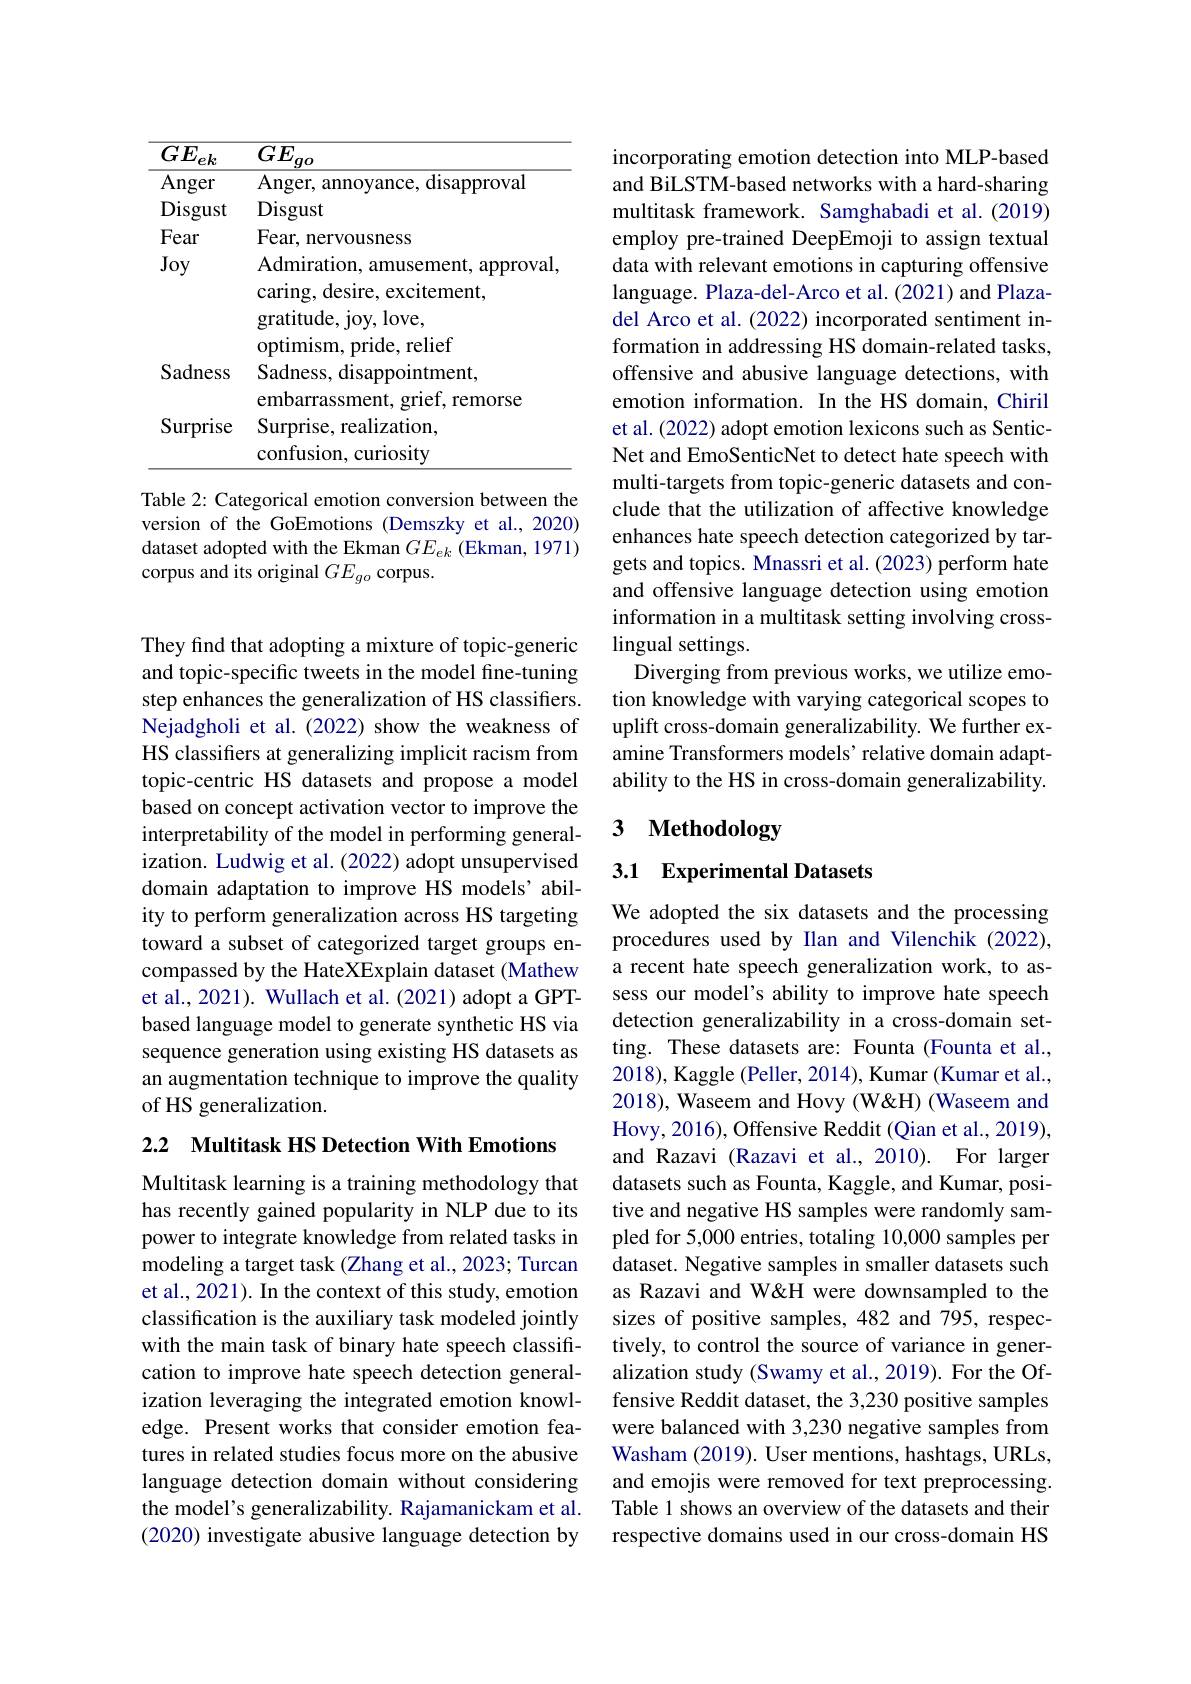
<table>
	<tbody>
		<tr>
			<th>$\overline{GE_{ek}}$</th>
			<th>$\overline{GE_{go}}$</th>
		</tr>
		<tr>
			<td>Anger</td>
			<td>Anger, annoyance, disapproval</td>
		</tr>
		<tr>
			<td>Disgust</td>
			<td>Disgust</td>
		</tr>
		<tr>
			<td>Fear</td>
			<td>Fear, nervousness</td>
		</tr>
		<tr>
			<td>Joy</td>
			<td>Admiration, amusement, approval caring, desire, excitement, gratitude, joy, love, $\dot{\mathrm{nrid}}_{\mathrm{e}}$ raliaf</td>
		</tr>
		<tr>
			<td>Sadness</td>
			<td>Sadness, disappointment, mharrass $m_{n}$</td>
		</tr>
		<tr>
			<td>Surprise</td>
			<td>Surprise, realization, confusion, curiosity</td>
		</tr>
	</tbody>
</table>

Table 2: Categorical emotion conversion between the version of the GoEmotions (Demszky et al., 2020) dataset adopted with the Ekman $GE_{ek}$ (Ekman, 1971) corpus and its original $GE_{go}$ corpus.

They find that adopting a mixture of topic-generic and topic-specific tweets in the model fine-tuning step enhances the generalization of HS classifiers. Nejadgholi et al.(2022) show the weakness of HS classifiers at generalizing implicit racism from topic-centric HS datasets and propose a model based on concept activation vector to improve the interpretability of the model in performing generalization. Ludwig et al. (2022) adopt unsupervised domain adaptation to improve HS models' ability to perform generalization across HS targeting toward a subset of categorized target groups encompassed by the HateXExplain dataset (Mathew et al., 2021). Wullach et al. (2021) adopt a GPTbased language model to generate synthetic HS via sequence generation using existing HS datasets as an augmentation technique to improve the quality of HS generalization.

2.2 $\textbf{Multitask HS Detection With Emotions}$

Multitask learning is a training methodology that has recently gained popularity in NLP due to its power to integrate knowledge from related tasks in modeling a target task (Zhang et al., 2023; Turcan et al., 2021). In the context of this study, emotion classification is the auxiliary task modeled jointly with the main task of binary hate speech classification to improve hate speech detection generalization leveraging the integrated emotion knowledge. Present works that consider emotion features in related studies focus more on the abusive language detection domain without considering the model's generalizability. Rajamanickam et al. (2020) investigate abusive language detection by

incorporating emotion detection into MLP-based and BiLSTM-based networks with a hard-sharing multitask framework. Samghabadi et al.(2019) employ pre-trained DeepEmoji to assign textual data with relevant emotions in capturing offensive language. Plaza-del-Arco et al.(2021) and Plazadel Arco et al.(2022) incorporated sentiment information in addressing HS domain-related tasks, offensive and abusive language detections, with emotion information. In the HS domain, Chiril et al. (2022) adopt emotion lexicons such as SenticNet and EmoSenticNet to detect hate speech with multi-targets from topic-generic datasets and conclude that the utilization of affective knowledge enhances hate speech detection categorized by targets and topics. Mnassri et al. (2023) perform hate and offensive language detection using emotion information in a multitask setting involving crosslingual settings.
Diverging from previous works, we utilize emotion knowledge with varying categorical scopes to uplift cross-domain generalizability. We further examine Transformers models’ relative domain adaptability to the HS in cross-domain generalizability.

## 3 Methodology

3.1 Experimental Datasets

We adopted the six datasets and the processing procedures used by Ilan and Vilenchik (2022), a recent hate speech generalization work, to assess our model's ability to improve hate speech detection generalizability in a cross-domain setting. These datasets are: Founta (Founta et al., 2018), Kaggle (Peller, 2014), Kumar (Kumar et al., 2018), Waseem and Hovy (W&H) (Waseem and Hovy, 2016), Offensive Reddit (Qian et al., 2019), and Razavi (Razavi et al.,2010). For larger datasets such as Founta, Kaggle, and Kumar, positive and negative HS samples were randomly sampled for 5,000 entries, totaling 10,000 samples per dataset. Negative samples in smaller datasets such as Razavi and W&H were downsampled to the sizes of positive samples, 482 and 795, respectively, to control the source of variance in generalization study (Swamy et al., 2019). For the Offensive Reddit dataset, the 3,230 positive samples were balanced with 3,230 negative samples from Washam (2019). User mentions, hashtags, URLs, and emojis were removed for text preprocessing. Table 1 shows an overview of the datasets and their respective domains used in our cross-domain HS